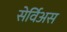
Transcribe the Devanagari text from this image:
सेर्विअस